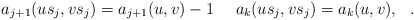
\begin{align*} a_{j+1}(us_j,vs_j)=a_{j+1}(u,v)-1 \ \ \ \ a_k(us_j,vs_j)=a_k(u,v),\ \ .\end{align*}